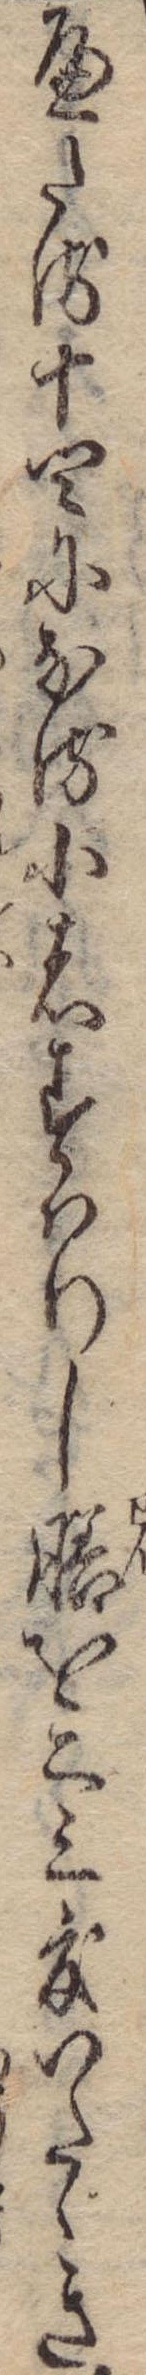
へたる十四になる小者すはりし膳を二三度いたゝき